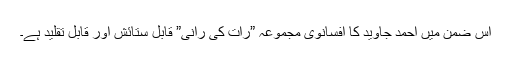
اس ضمن میں احمد جاوید کا افسانوی مجموعہ ”رات کی رانی” قابلِ ستائش اور قابلِ تقلید ہے۔